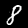
Label: 8